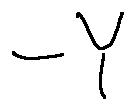
- Y